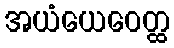
အယံယေဝေတ္ထ